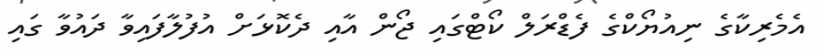
އެމެރިކާގެ ނިއުޔޯކްގެ ފެޑްރަލް ކޯޓްގައި ޖޯން އާއި ދެކޮޅަށް އުފުލާފައިވާ ދައުވާ ގައި